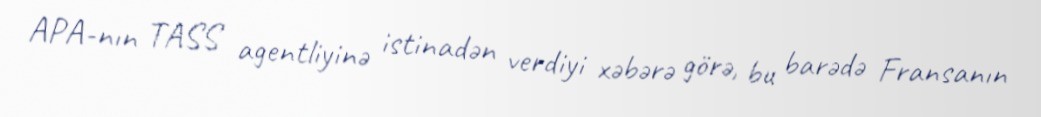
APA-nın TASS agentliyinə istinadən verdiyi xəbərə görə, bu barədə Fransanın